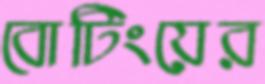
বোটিংয়ের